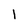
Character: l